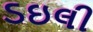
ડઇલી